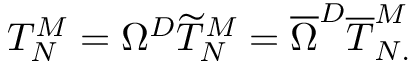
T _ { N } ^ { M } = \Omega ^ { D } \widetilde { T } _ { N } ^ { M } = \overline { { { \Omega } } } ^ { D } \overline { { { T } } } _ { N . } ^ { M }